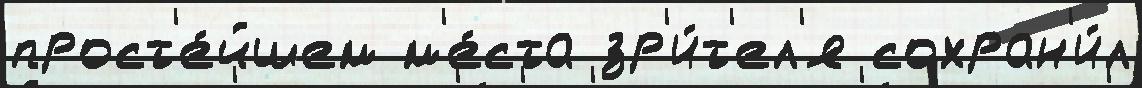
прост'е́йшем м'е́ста зр'и́т'ел'я сохран'и́л